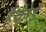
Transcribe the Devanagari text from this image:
हैकोई